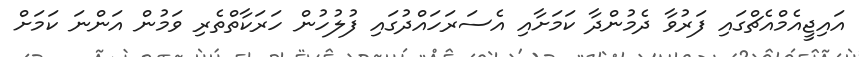
އައިޖީއެމްއެޗްގައި ފަރުވާ ދެމުންދާ ކަމަށާއި އެސަރަހައްދުގައި ފުލުހުން ހަރަކާތްތެރި ވަމުން އަންނަ ކަަމަށް